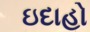
ઇદાહો